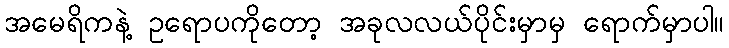
အမေရိကနဲ့ ဥရောပကိုတော့ အခုလလယ်ပိုင်းမှာမှ ရောက်မှာပါ။